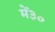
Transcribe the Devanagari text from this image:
में३०